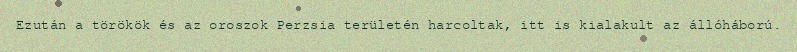
Ezután a törökök és az oroszok Perzsia területén harcoltak, itt is kialakult az állóháború.